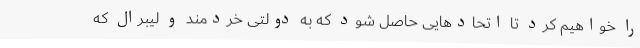
را خواهیم کرد تا اتحادهایی حاصل شود که به دولتی خردمند و لیبرال که